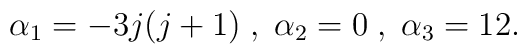
\alpha_1 = -3j (j + 1)\; , \; \alpha_2 = 0 \; , \; \alpha_3 =12.